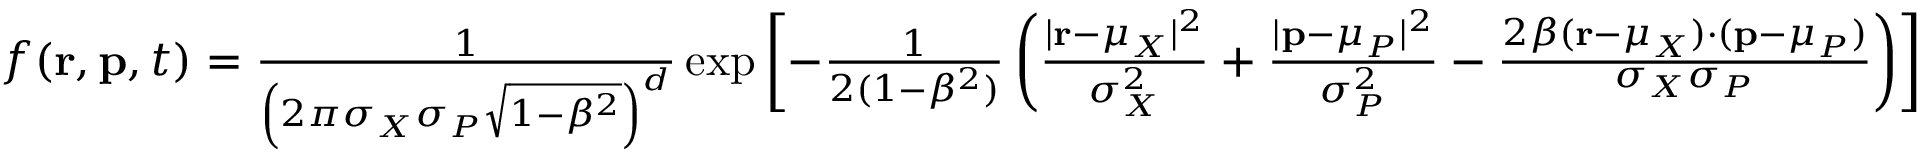
{ \begin{array} { r } { f ( \mathbf { r } , \mathbf { p } , t ) = { \frac { 1 } { \left( 2 \pi \sigma _ { X } \sigma _ { P } { \sqrt { 1 - \beta ^ { 2 } } } \right) ^ { d } } } \exp \left[ - { \frac { 1 } { 2 ( 1 - \beta ^ { 2 } ) } } \left( { \frac { | \mathbf { r } - { \boldsymbol { \mu } } _ { X } | ^ { 2 } } { \sigma _ { X } ^ { 2 } } } + { \frac { | \mathbf { p } - { \boldsymbol { \mu } } _ { P } | ^ { 2 } } { \sigma _ { P } ^ { 2 } } } - { \frac { 2 \beta ( \mathbf { r } - { \boldsymbol { \mu } } _ { X } ) \cdot ( \mathbf { p } - { \boldsymbol { \mu } } _ { P } ) } { \sigma _ { X } \sigma _ { P } } } \right) \right] } \end{array} }